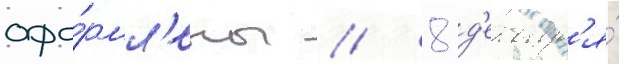
офо́рмл'ены // 8 д'екабр'я́